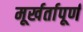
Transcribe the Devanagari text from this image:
मूर्खर्तापूर्ण